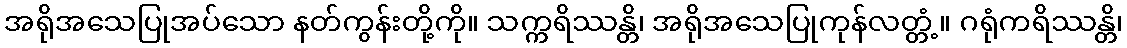
အရိုအသေပြုအပ်သော နတ်ကွန်းတို့ကို။ သက္ကရိဿန္တိ၊ အရိုအသေပြုကုန်လတ္တံ့။ ဂရုံကရိဿန္တိ၊